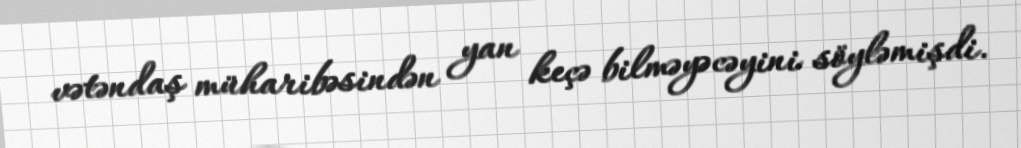
vətəndaş müharibəsindən yan keçə bilməyəcəyini söyləmişdi.